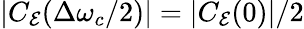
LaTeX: |C_{\mathcal{E}}(\Delta\omega_{c}/2)|=|C_{\mathcal{E}}(0)|/2